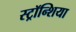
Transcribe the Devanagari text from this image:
स्ट्रॉन्शिया